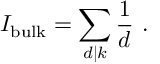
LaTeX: { \cal I } _ { \mathrm { b u l k } } = \sum _ { d | k } \frac { 1 } { d } \ .